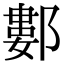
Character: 䣚